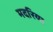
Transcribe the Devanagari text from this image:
मदरिया